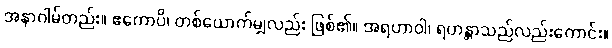
အနာဂါမ်တည်း။ ဧကောပိ၊ တစ်ယောက်မျှလည်း ဖြစ်၏။ အရဟာဝါ၊ ရဟန္တာသည်လည်းကောင်း။